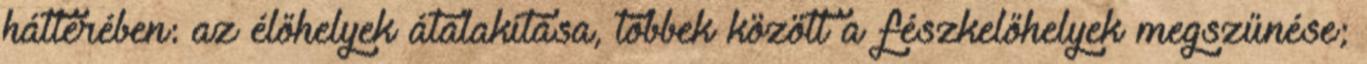
hátterében: az élőhelyek átalakítása, többek között a fészkelőhelyek megszűnése;